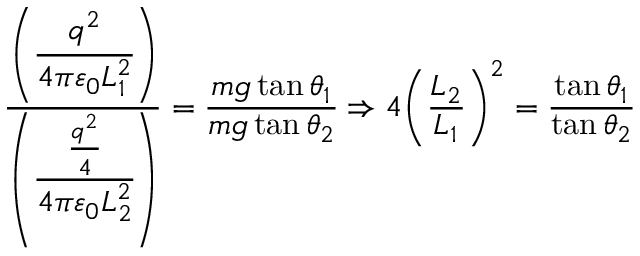
{ \frac { \left( { \cfrac { q ^ { 2 } } { 4 \pi \varepsilon _ { 0 } L _ { 1 } ^ { 2 } } } \right) } { \left( { \cfrac { \frac { q ^ { 2 } } { 4 } } { 4 \pi \varepsilon _ { 0 } L _ { 2 } ^ { 2 } } } \right) } } = { \frac { m g \tan \theta _ { 1 } } { m g \tan \theta _ { 2 } } } \Rightarrow 4 { \left( { \frac { L _ { 2 } } { L _ { 1 } } } \right) } ^ { 2 } = { \frac { \tan \theta _ { 1 } } { \tan \theta _ { 2 } } }